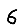
Digit: 6